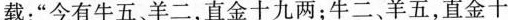
载：”今有牛五、羊二，直金十九两；牛二、羊五，直金十